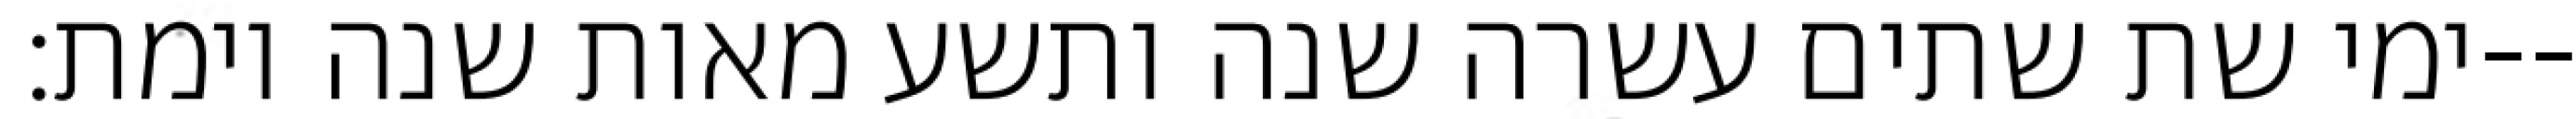
ימי שת שתים עשרה שנה ותשע מאות שנה וימת׃--